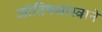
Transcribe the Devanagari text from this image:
जोतिषशास्त्राने